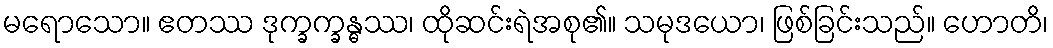
မရောသော။ ဧတဿ ဒုက္ခက္ခန္ဓဿ၊ ထိုဆင်းရဲအစု၏။ သမုဒယော၊ ဖြစ်ခြင်းသည်။ ဟောတိ၊